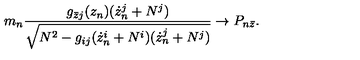
m _ { n } \frac { g _ { \bar { z } j } ( z _ { n } ) ( \dot { z } _ { n } ^ { j } + N ^ { j } ) } { \sqrt { N ^ { 2 } - g _ { i j } ( \dot { z } _ { n } ^ { i } + N ^ { i } ) ( \dot { z } _ { n } ^ { j } + N ^ { j } ) } } \rightarrow P _ { n \bar { z } } .